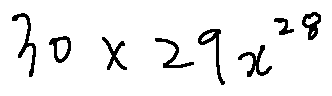
3 0 \times 2 9 x ^ { 2 8 }